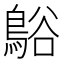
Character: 𪁴